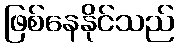
ဖြစ်နေနိုင်သည်